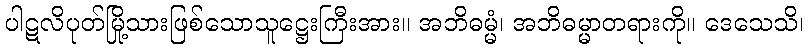
ပါဋလိပုတ်မြို့သားဖြစ်သောသူဋ္ဌေးကြီးအား။ အဘိဓမ္မံ၊ အဘိဓမ္မာတရားကို။ ဒေသေသိ၊